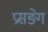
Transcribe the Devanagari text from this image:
प्रसङ्गे